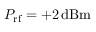
P _ { \mathrm { r f } } = + 2 \, \mathrm { d B m }